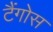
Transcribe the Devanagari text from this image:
टैंगोस